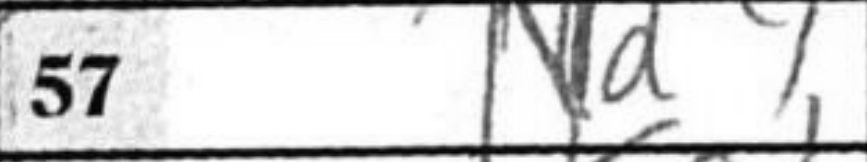
Transcription: Nd4